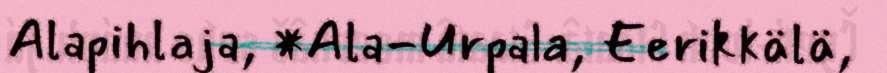
Alapihlaja, *Ala-Urpala, Eerikkälä,